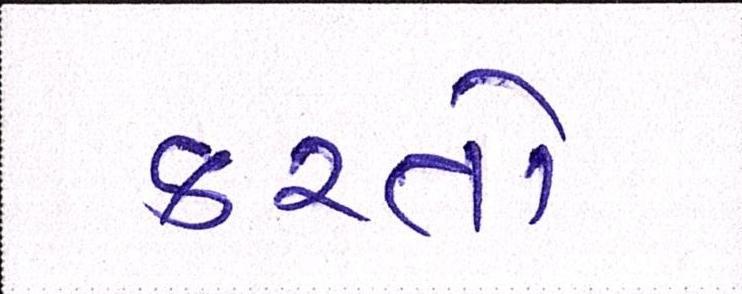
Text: કરતો